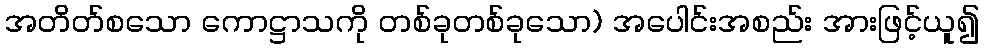
အတိတ်စသော ကောဋ္ဌာသကို တစ်ခုတစ်ခုသော) အပေါင်းအစည်း အားဖြင့်ယူ၍